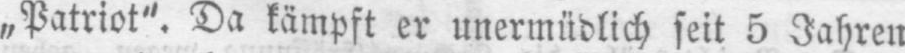
„Patriot“. Da kämpft er unermüdlich seit 5 Jahren